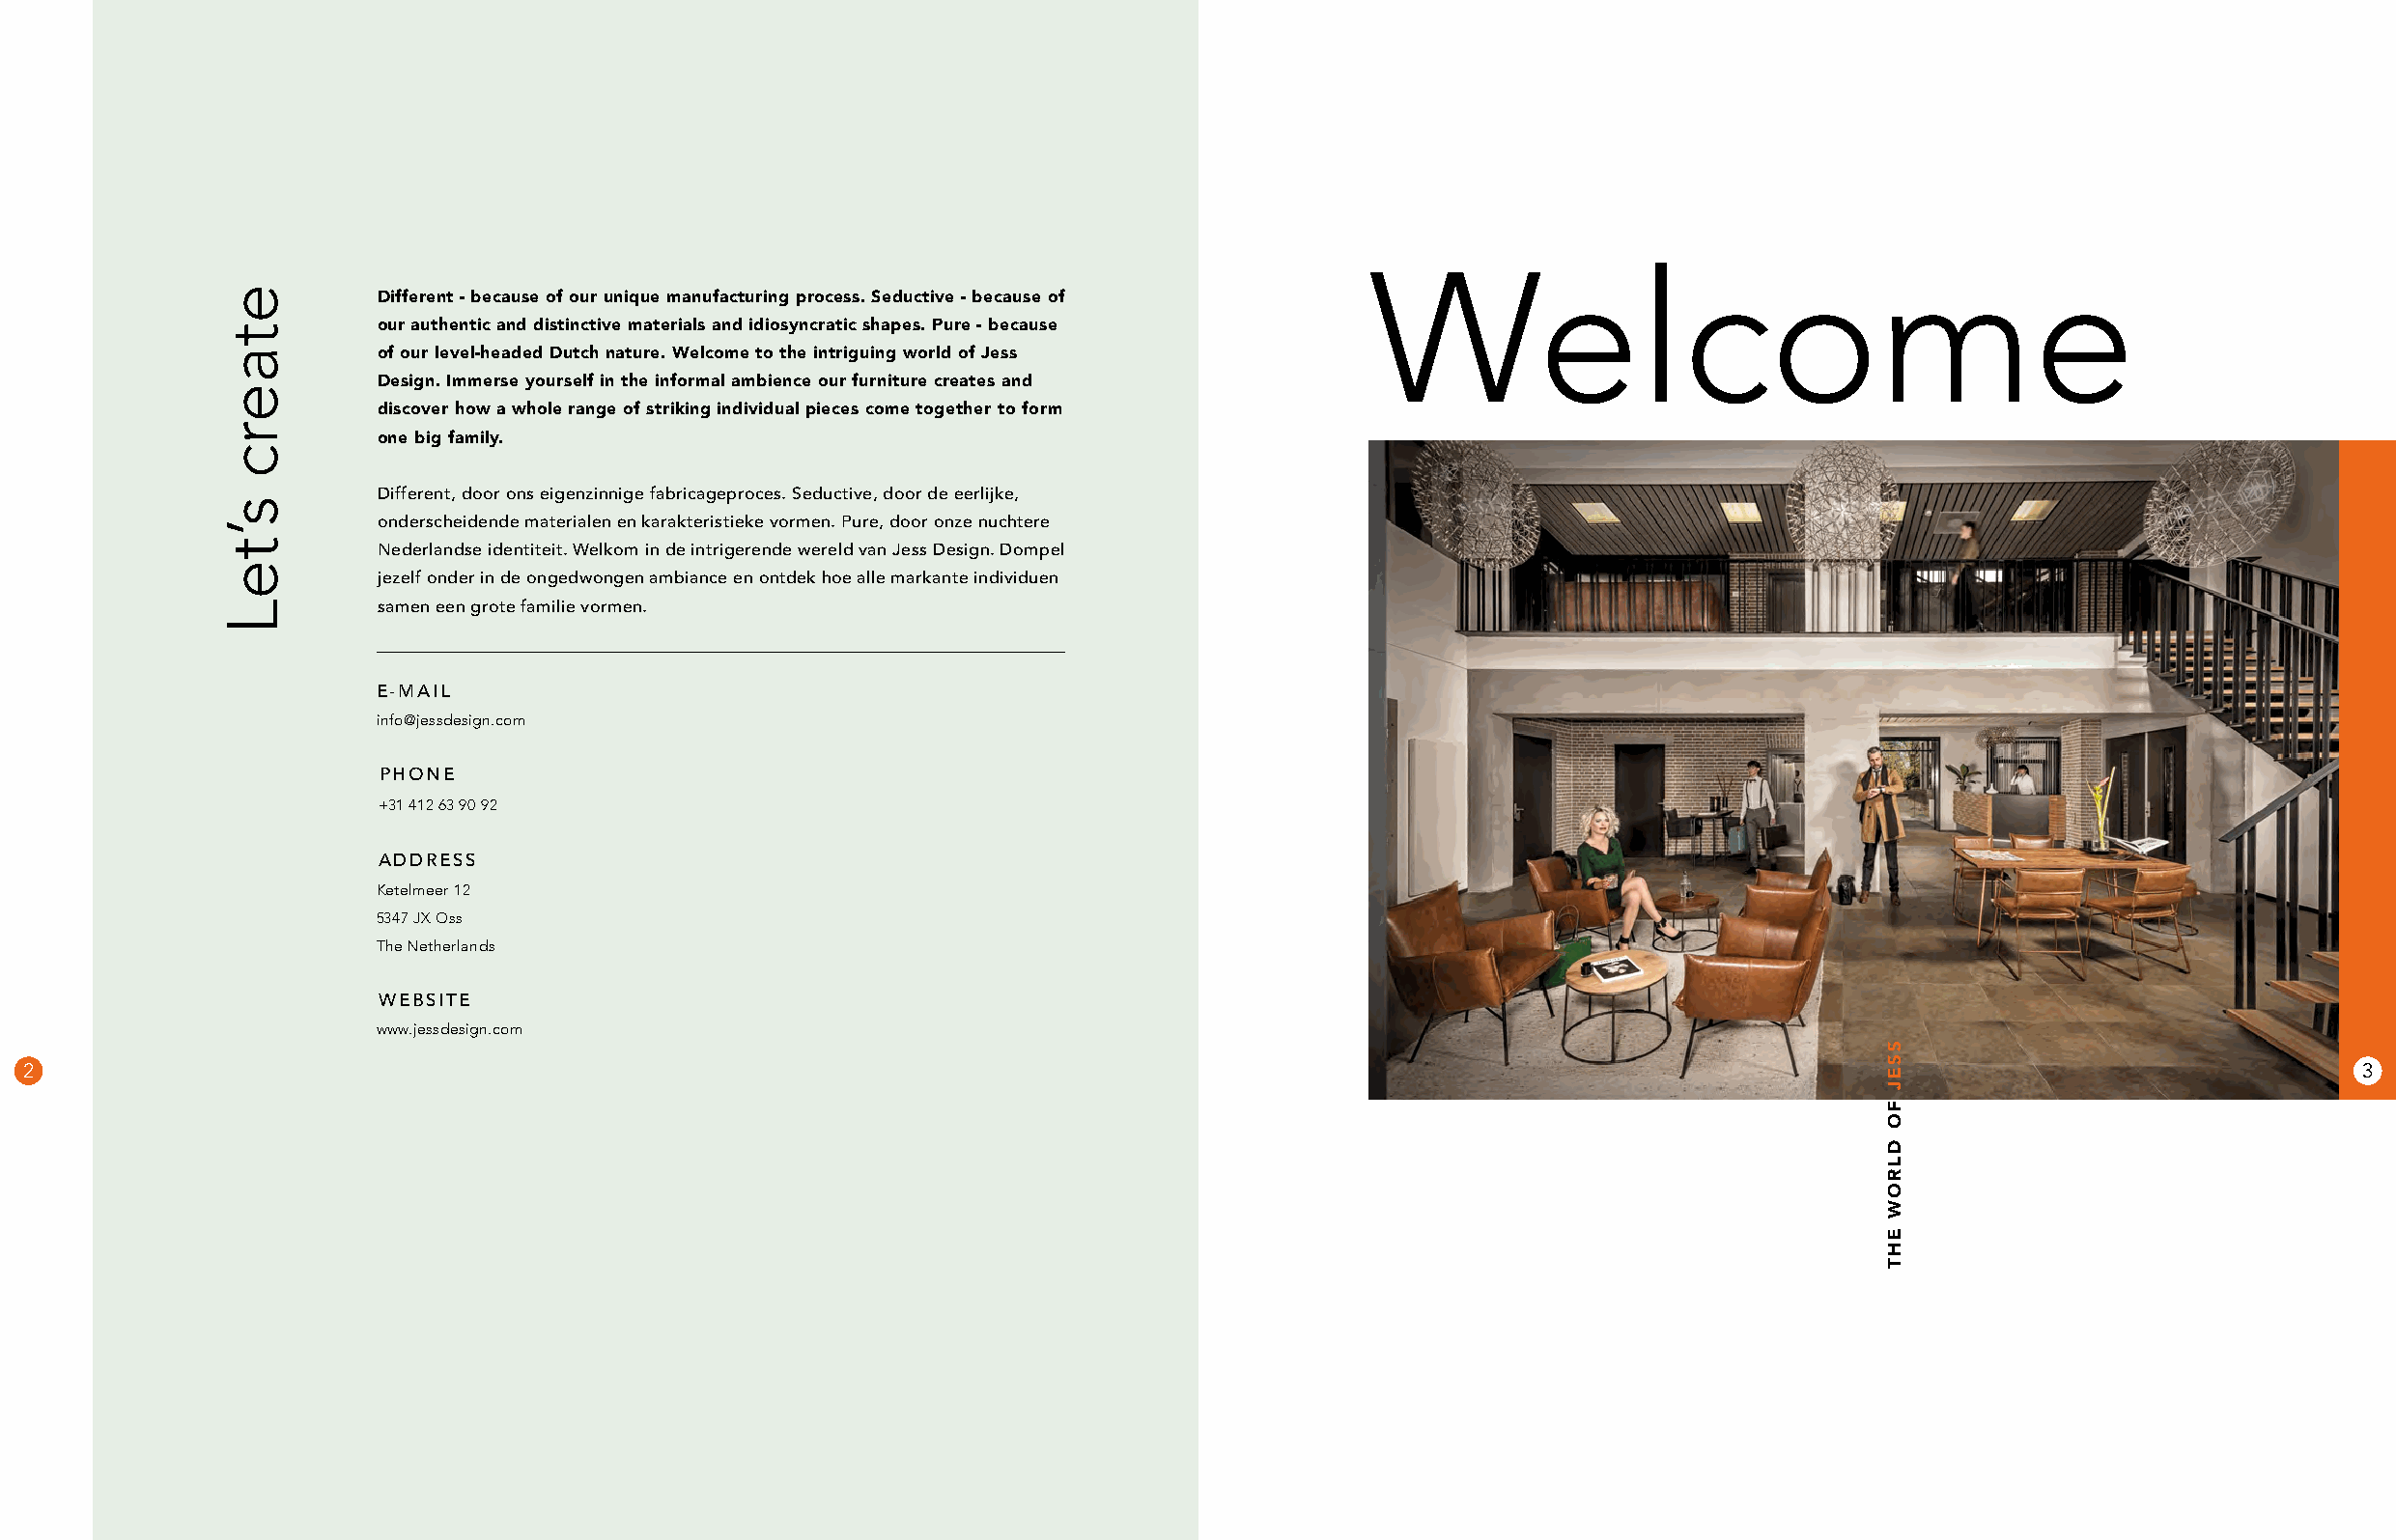
Welcome
 Different - because of our unique manufacturing process. Seductive - because of
 our authentic and distinctive materials and idiosyncratic shapes. Pure - because
 of our level-headed Dutch nature. Welcome to the intriguing world of Jess
 Design. Immerse yourself in the informal ambience our furniture creates and
 discover how a whole range of striking individual pieces come together to form
 one big family.
 Different, door ons eigenzinnige fabricageproces. Seductive, door de eerlijke,
 onderscheidende materialen en karakteristieke vormen. Pure, door onze nuchtere
 Nederlandse identiteit. Welkom in de intrigerende wereld van Jess Design. Dompel
 jezelf onder in de ongedwongen ambiance en ontdek hoe alle markante individuen
 samen een grote familie vormen.
 E-MAIL
 info@jessdesign.com
 PHONE
 +31 412 63 90 92
 ADDRESS
 Ketelmeer 12
 5347 JX Oss
 The Netherlands
 WEBSITE
 www.jessdesign.com
 2                                                                                                                                                               3
 etaerc
 s’teL
 SSEJ
 FO
 DLROW
 EHT